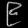
Digit: ၉